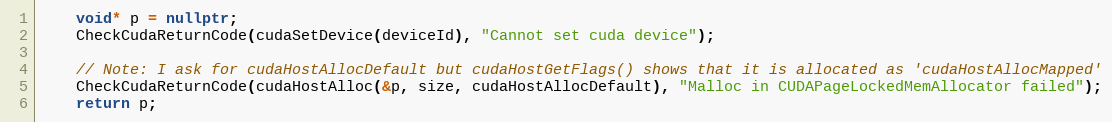
Language: C++
    void* p = nullptr;
    CheckCudaReturnCode(cudaSetDevice(deviceId), "Cannot set cuda device");

    // Note: I ask for cudaHostAllocDefault but cudaHostGetFlags() shows that it is allocated as 'cudaHostAllocMapped'
    CheckCudaReturnCode(cudaHostAlloc(&p, size, cudaHostAllocDefault), "Malloc in CUDAPageLockedMemAllocator failed");
    return p;